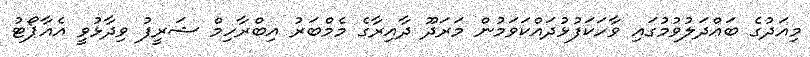
މިއަދުގެ ބައްދަލުވުމުގައި ވާހަކަފުޅުދައްކަވަމުން މަރަދޫ ދާއިރާގެ މެމްބަރު އިބްރާހިމް ޝަރީފު ވިދާޅުވީ އެއާޕޯޓު